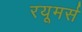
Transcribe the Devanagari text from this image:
रयूमर्स